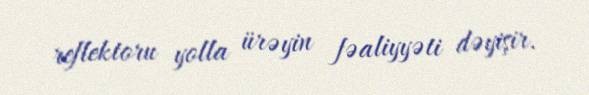
reflektoru yolla ürəyin fəaliyyəti dəyişir.